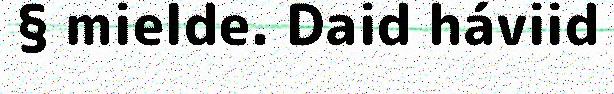
§ mielde. Daid háviid